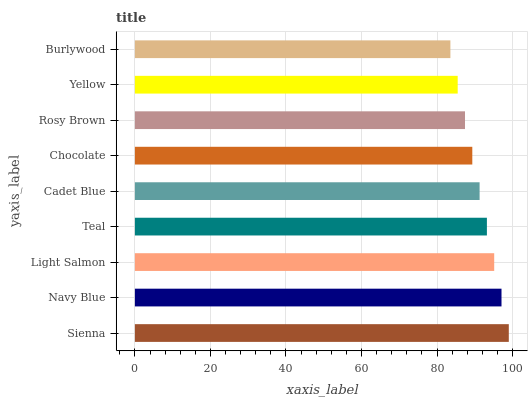
| yaxis_label | bars |
 | --- | --- |
 | Sienna | 99 |
 | Navy Blue | 97.1 |
 | Light Salmon | 95.1 |
 | Teal | 93.2 |
 | Cadet Blue | 91.3 |
 | Chocolate | 89.3 |
 | Rosy Brown | 87.4 |
 | Yellow | 85.5 |
 | Burlywood | 83.5 |